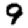
Digit: 9